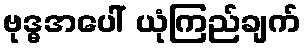
ဗုဒ္ဓအပေါ် ယုံကြည်ချက်